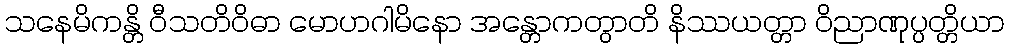
သနေမိကန္တိ ဝီသတိဝိဓာ မောဟဂါမိနော အန္တောကတွာတိ နိဿယတ္တာ ဝိညာဏုပ္ပတ္တိယာ